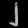
Digit: ၂